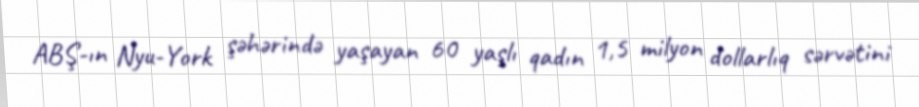
ABŞ-ın Nyu-York şəhərində yaşayan 60 yaşlı qadın 1,5 milyon dollarlıq sərvətini